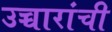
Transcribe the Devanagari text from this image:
उच्चारांची